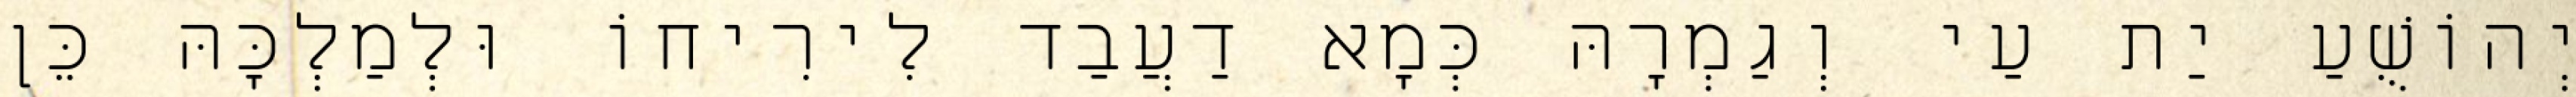
יְהוֹשֻׁעַ יַת עַי וְגַמְרָהּ כְּמָא דַעֲבַד לִירִיחוֹ וּלְמַלְכָּהּ כֵּן